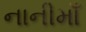
નાનીમાઁ